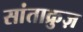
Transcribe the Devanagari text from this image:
सांताक्रुज़